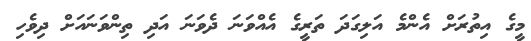
މީގެ އިތުރަށް އެންމެ އަލިގަދަ ތަރިީގެ އެއްވަނަ ދެވަނަ އަދި ތިންވަނައަށް ދިވެހި